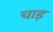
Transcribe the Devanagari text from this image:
चाड़